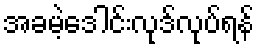
အခမဲ့ဒေါင်းလုဒ်လုပ်ရန်